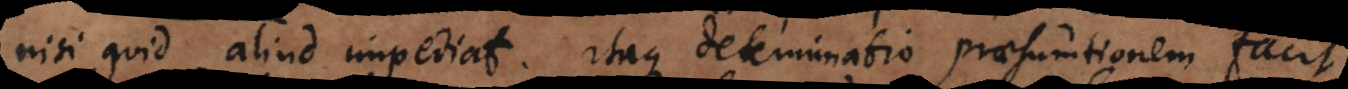
nisi quid aliud impediat. Itaque determinatio praesumtionem faci